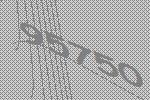
95750